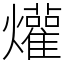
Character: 爟